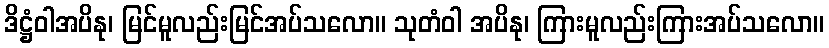
ဒိဋ္ဌံဝါအပိနု၊ မြင်မူလည်းမြင်အပ်သလော။ သုတံဝါ အပိနု၊ ကြားမူလည်းကြားအပ်သလော။